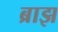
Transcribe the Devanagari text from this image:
ब्राझ